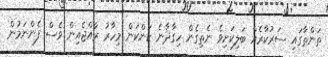
ތަންތާގައި ސަރުކާރެއް ބަލިކަށިވެ ނެތިގެން ހިގާދާނެ ކަންކަން މިހާރު ރާއްޖެއިން ވެސް ފެންނަމުން